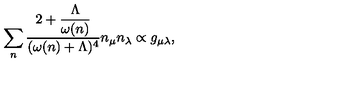
\sum _ { n } \frac { 2 + \displaystyle { \frac { \Lambda } { \omega ( n ) } } } { ( \omega ( n ) + \Lambda ) ^ { 4 } } n _ { \mu } n _ { \lambda } \propto g _ { \mu \lambda } ,